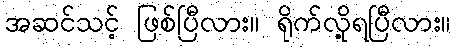
အဆင်သင့် ဖြစ်ပြီလား။ ရိုက်လို့ရပြီလား။